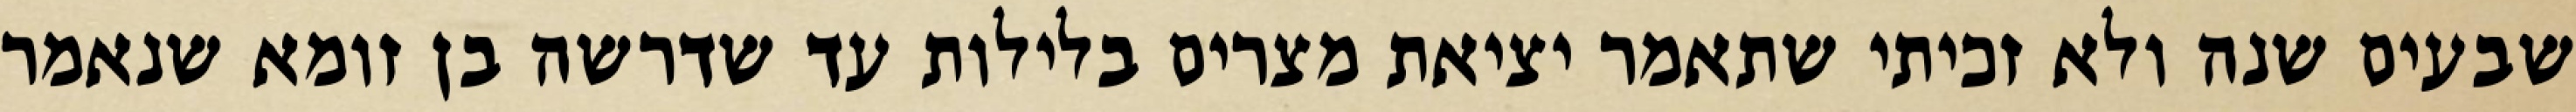
שבעים שנה ולא זכיתי שתאמר יציאת מצרים בלילות עד שדרשה בן זומא שנאמר